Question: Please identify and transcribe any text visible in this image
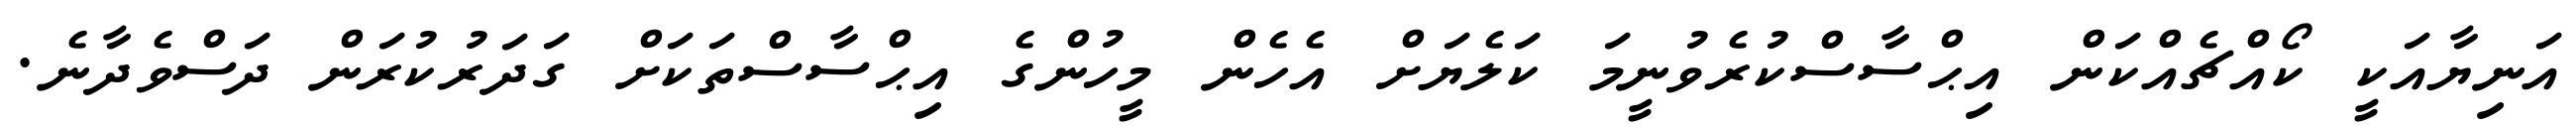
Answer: އަނިޔާއަކީ ކޯއްޗެއްކަން އިޙްސާސްކުރެވުނީމަ ކަލެޔަށް އެހެން މީހުންގެ އިޙްސާސްތަކަށް ގަދަރުކުރަން ދަސްވެދާނެ.